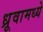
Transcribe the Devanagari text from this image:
ध्रूवामध्ये